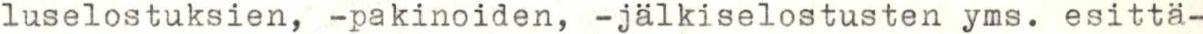
luselostuksien, -pakinoiden, -jälkiselostusten yms. esittä-